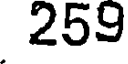
259